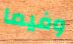
وفيما